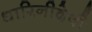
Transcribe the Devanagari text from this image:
धारिनीदेवी